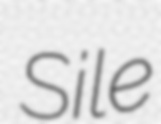
Sile